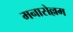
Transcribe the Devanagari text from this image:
मनासेल्लम